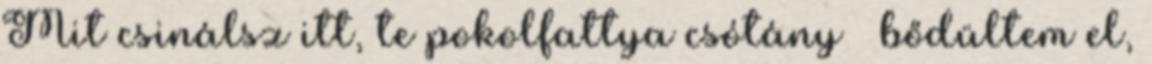
Mit csinálsz itt, te pokolfattya csótány – bődültem el,